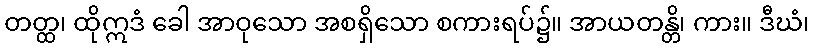
တတ္ထ၊ ထိုဣဒံ ခေါ အာဝုသော အစရှိသော စကားရပ်၌။ အာယတန္တိ၊ ကား။ ဒီဃံ၊